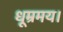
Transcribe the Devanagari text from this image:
धूम्रमय।